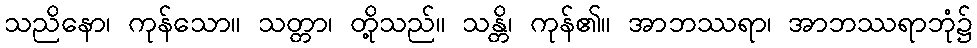
သညိနော၊ ကုန်သော။ သတ္တာ၊ တို့သည်။ သန္တိ၊ ကုန်၏။ အာဘဿရာ၊ အာဘဿရာဘုံ၌